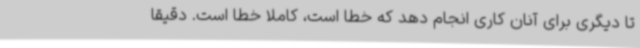
تا دیگری برای آنان کاری انجام دهد که خطا است، کاملا خطا است‌. دقیقا